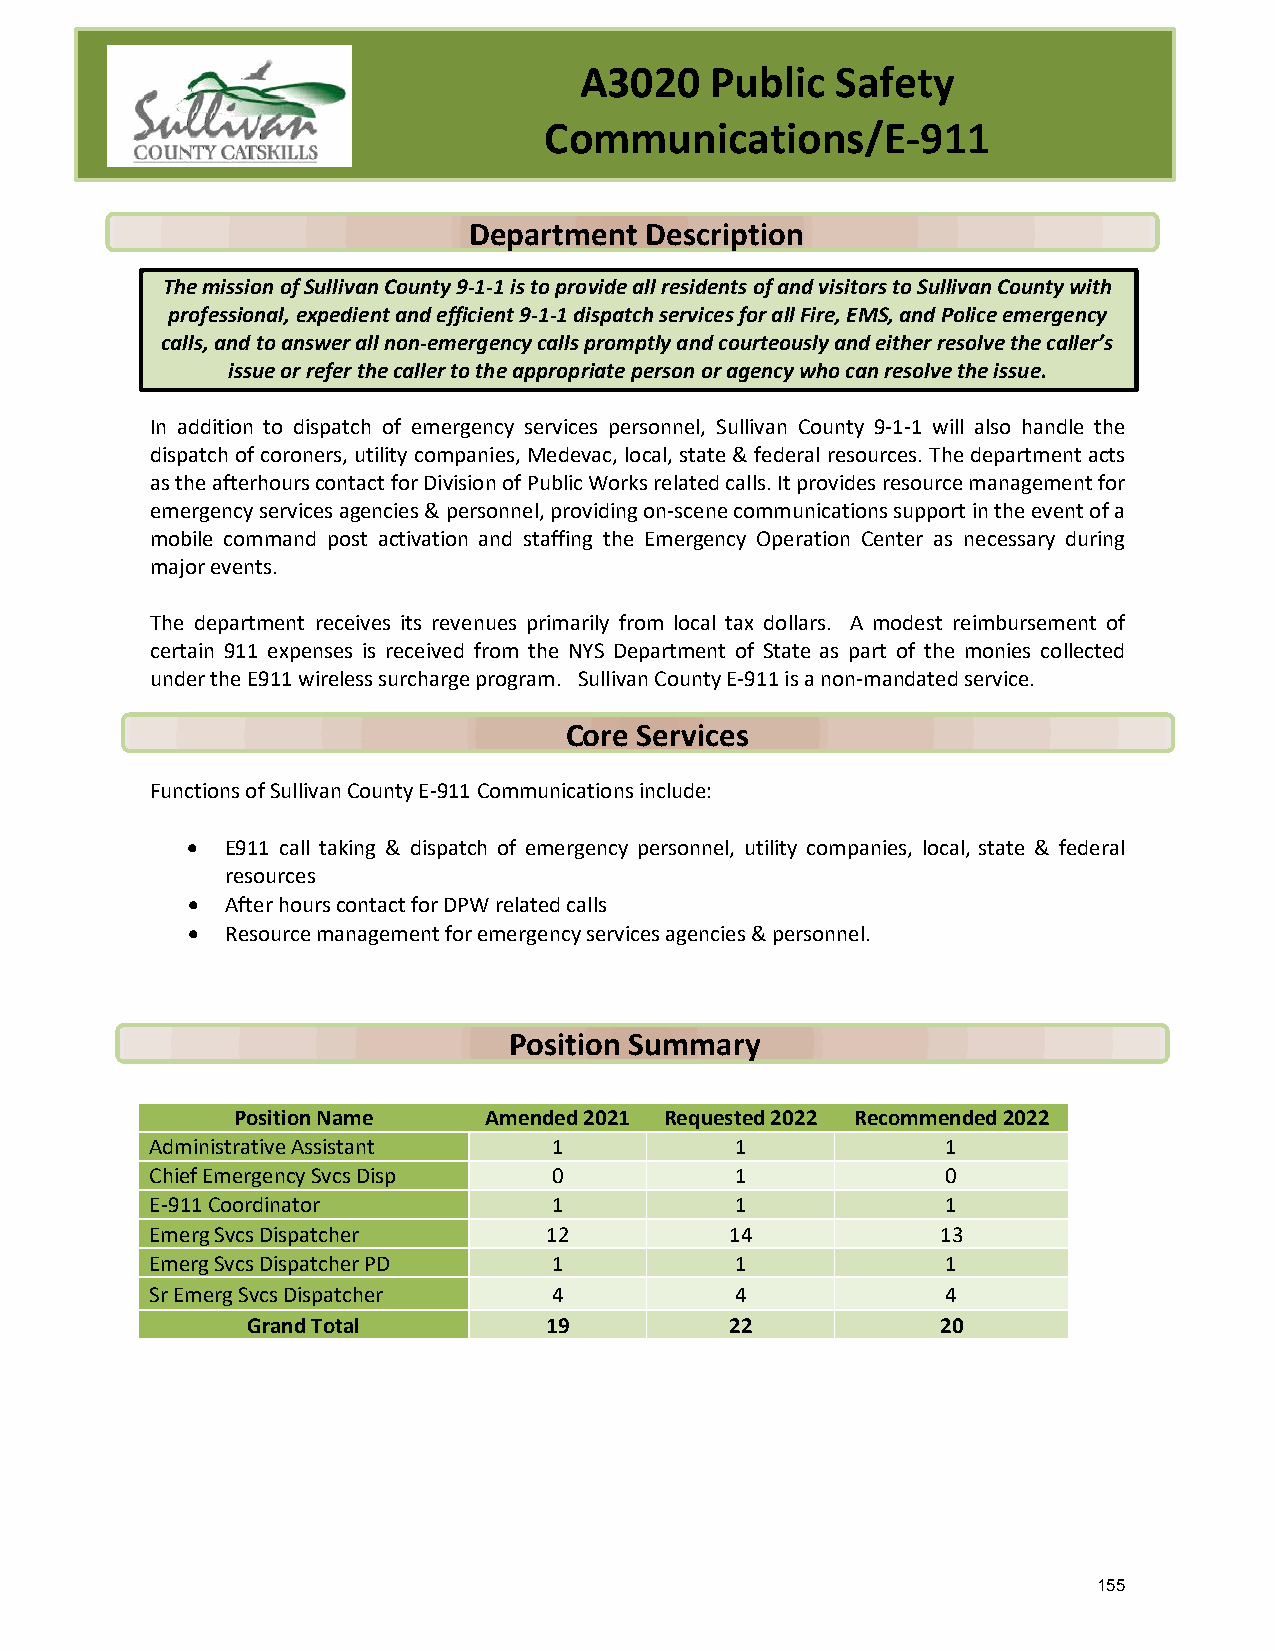
A3020    Public  Safety
 Communications/E-911
 Department  Description
 The mission of Sullivan County 9-1-1 is to provide all residents of and visitors to Sullivan County with
 professional, expedient and efficient 9-1-1 dispatch services for all Fire, EMS, and Police emergency
 calls, and to answer all non-emergency calls promptly and courteously and either resolve the caller’s
 issue or refer the caller to the appropriate person or agency who can resolve the issue.
 In addition to dispatch of emergency services personnel, Sullivan County 9-1-1 will also handle the
 dispatch of coroners, utility companies, Medevac, local, state & federal resources. The department acts
 as the afterhours contact for Division of Public Works related calls. It provides resource management for
 emergency services agencies & personnel, providing on-scene communications support in the event of a
 mobile command post activation and staffing the Emergency Operation Center as necessary during
 major events.
 The department receives its revenues primarily from local tax dollars. A modest reimbursement of
 certain 911 expenses is received from the NYS Department of State as part of the monies collected
 under the E911 wireless surcharge program. Sullivan County E-911 is a non-mandated service.
 Core Services
 Functions of Sullivan County E-911 Communications include:
 •  E911 call taking & dispatch of emergency personnel, utility companies, local, state & federal
 resources
 •  After hours contact for DPW related calls
 •  Resource management for emergency services agencies & personnel.
 Position Summary
 Position Name    Amended 2021 Requested 2022 Recommended 2022
 Administrative Assistant   1           1             1
 Chief Emergency Svcs Disp  0           1             0
 E-911 Coordinator          1           1             1
 Emerg Svcs Dispatcher     12          14            13
 Emerg Svcs Dispatcher PD   1           1             1
 Sr Emerg Svcs Dispatcher   4           4             4
 Grand Total         19          22            20
 155